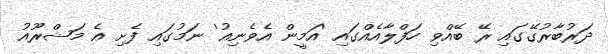
ދަރުބާރުގޭގައި ރޭ ބޭއްވި ހަފްލާއެއްގައި 'އަމީން އެވެނިއު' ނަމުގައި ފެށި އެ މަޝްރޫއު